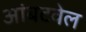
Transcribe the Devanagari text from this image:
आंबटवेल